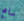
سامح